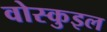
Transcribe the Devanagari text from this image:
वोस्कुइल